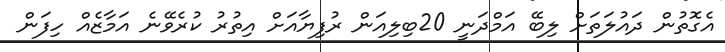
އެގޮތުން ދައުލަތަށް ލިބޭ އަމްދަނީ 20ބިލިއަން ރުފިޔާއަށް އިތުރު ކުރެވޭނެ އަމާޒެއް ހިފަން